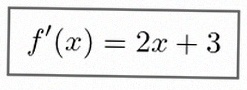
f'(x)=2x+3